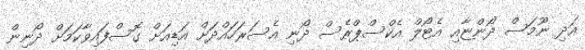
އަދި ނޫމަސް ދޯންޏާއި އެޓޯލް އެކްސްޕްރެސް ދޯނި އެސަރަހައްދަށް އަޑިއަށް ގޮސްފައިވާކަމަށް ދޯނިން